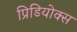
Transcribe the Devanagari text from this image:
प्रिडियोक्स